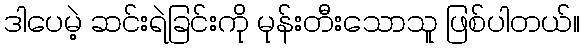
ဒါပေမဲ့ ဆင်းရဲခြင်းကို မုန်းတီးသောသူ ဖြစ်ပါတယ်။